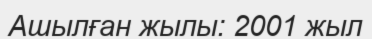
Ашылған жылы: 2001 жыл